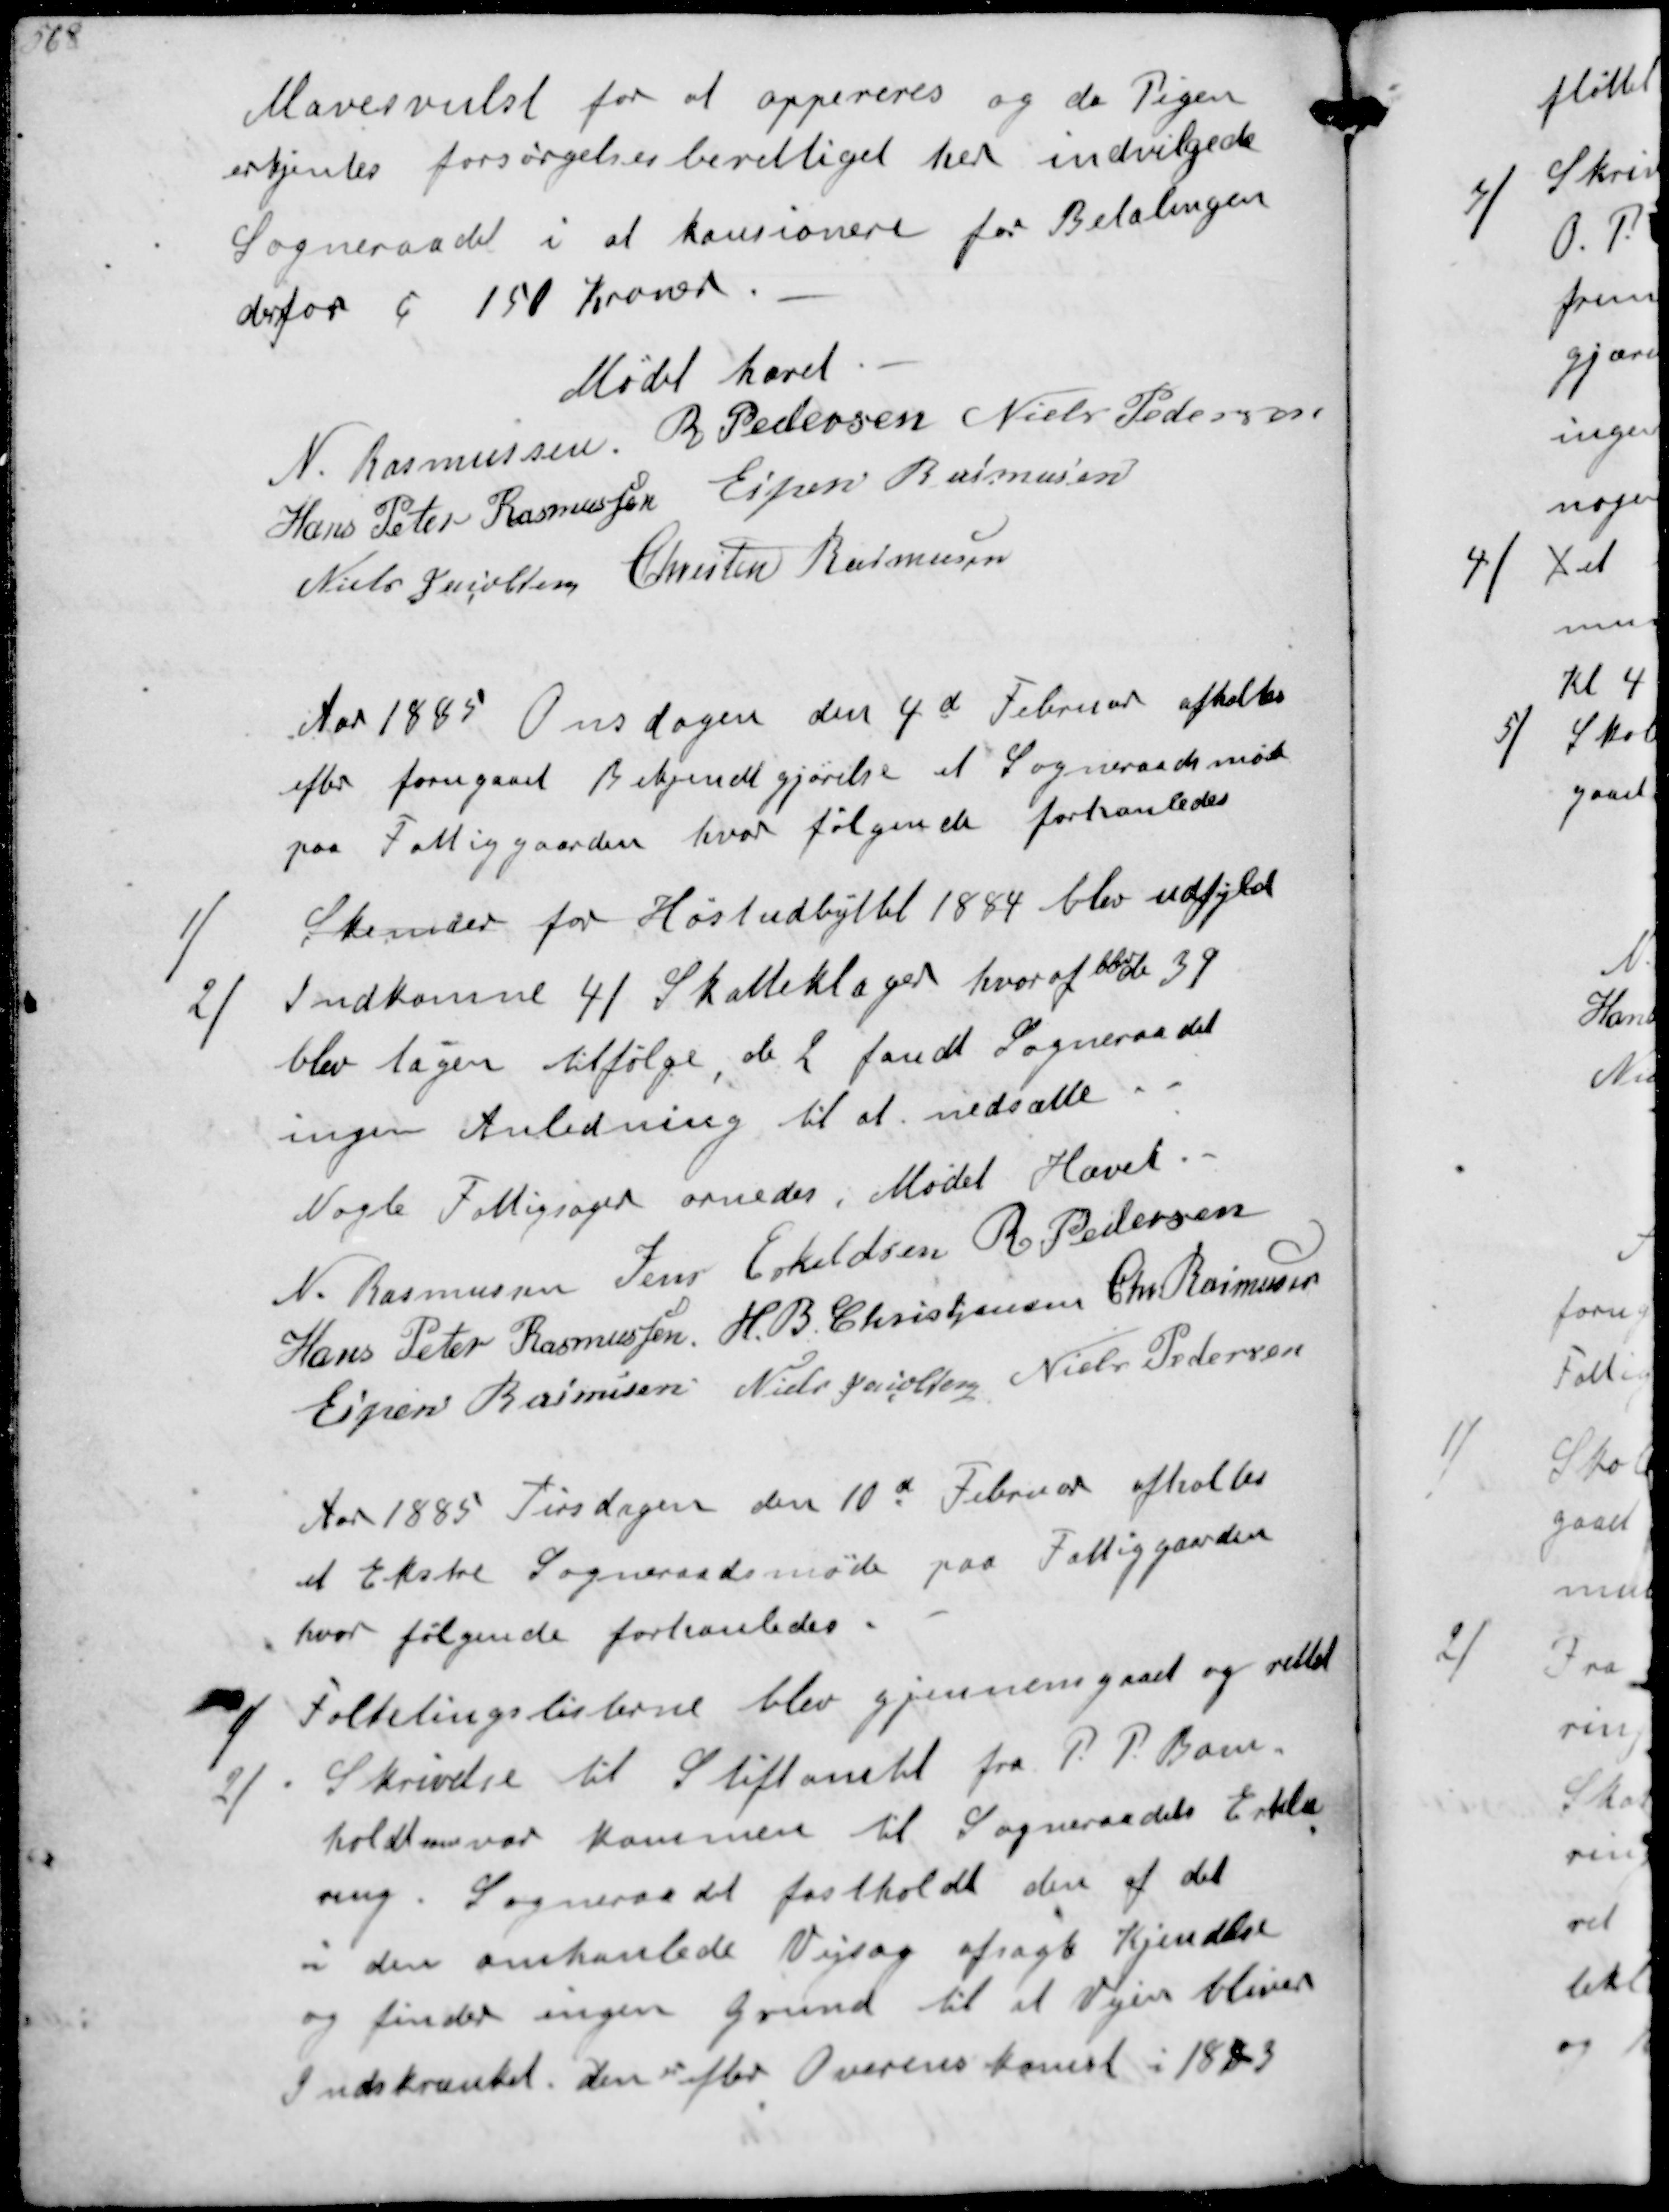
Transskription:
Mavesvulst for at oppereres og da Pigen
erkjentes forsørgelsesberettiget her indvilgede
Sogneraadet i at kausionere for Betalingen
derfor c 150 Kroner
Mødet hævet
N Rasmussen
R Pedersen
Niels Pedersen
Hans Peter Rasmussen
Espen Rasmussen
Niels Jacobsen
Chresten Rasmussen
Aar 1885 Onsdagenden 4d Februar afholtes
efter forugaaet Bekjendtgørelse et Sogneraadsmøde
paa Fattigaarden hvor følgende forhanledes
1/
Skemaer for Høstudbyttet 1884 blev udfyld
2/
Indkomne 41 Skatteklager hvoraf blev de 39
blev tagen tilfølge, de 2 fandt Sogneraadet
ingen Anledning til at nedsætte
Nogle Fattigsager ornedes, Mødet hævet
N Rasmussen
Jens Eskeldsen
R Pedersen
Hans Peter Rasmussen
H B Christjansen
Chr Rasmussen
Espen Rasmussen
Niels Jacobsen
Niels Pedersen
Aar 1885 Tirsdagen den 10d Februar afholtes
et Ekstre Sogneraadsmøde paa Fattiggaarden
hvor følgende forhanledes
1/
Folketingslisterne blev gjennemgaaet og rettet
2/
Skrivelse til Stiftamtet P P Bom-
holdt mv var kommen til Sogneraadets Erklæ-
ring Sogneraadet fastholdt den af det
i den omhandlede Vejsag afsagte Kjendelse
og finder ingen Grund til at Vejen bliver
Indskrænket Den er efter Overenskomst i 1883